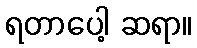
ရတာပေါ့ ဆရာ။